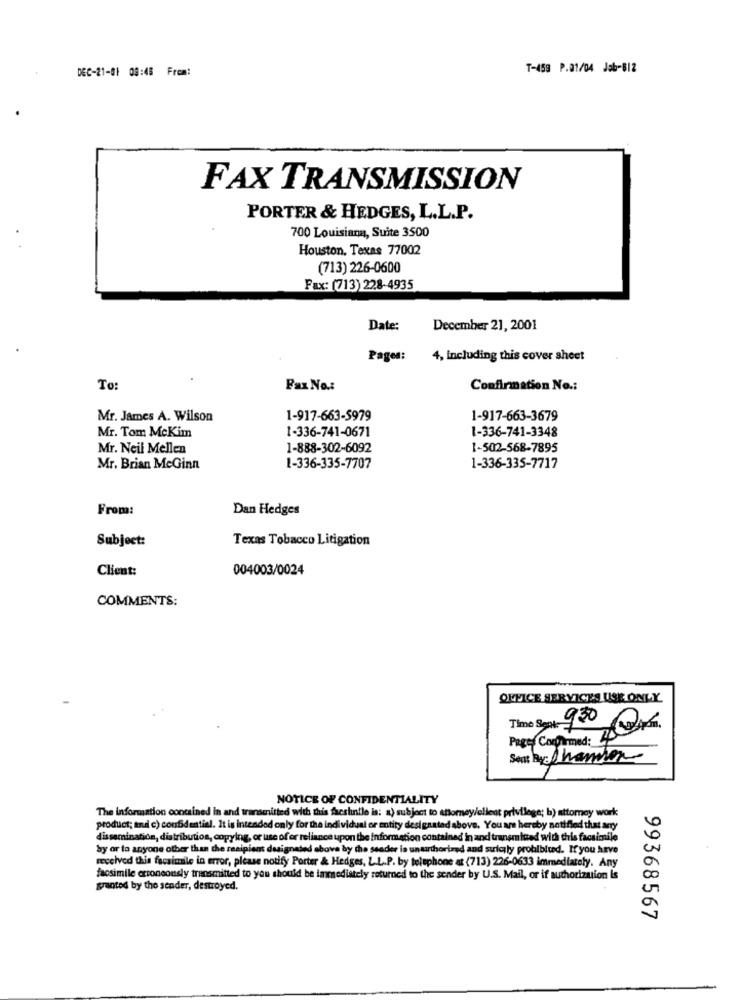
DEC-21-81 08:45 From:
T-459 P.01/04 Jab-812
FAX TRANSMISSION
PORTER & HEDGES, L.L.P.
700 Louisiana, Suite 3500
Houston, Texas 77002
(713) 226-0600
Fax: (713) 228-4935
Date:
December 21, 2001
Pages:
4, including this cover sheet
To
Fax No .:
Confirmation No .:
Mr. James A. Wilson
1-917-663-5979
1-917-663-3679
Mr. Tom McKim
1-336-741-0671
1-336-741-3348
Mr. Neil Mellen
1-888-302-6092
1-502-568-7895
Mr. Brian McGinn
1-336-335-7707
1-336-335-7717
From:
Dan Hedges
Subject:
Texas Tobacco Litigation
Client:
004003/0024
COMMENTS:
OFFICE SERVICES USE ONLY
Time Spent 900
Pages Confirmed: 400
Sent By: Shamien
NOTICE OF CONFIDENTIALITY
The information contained in and transmitted with this freshnilo is: a) subject to attorney/client privilege; b) attomey work
product; and c) confidential. It is intended only for the individual or entity designated above. You are hereby notified that any
dissemination, distribution, copying, or use of er reliance upon the information contained in and transmitted with this facsimile
by or to anyone other than the recipient designated above by the sender is unauthorized and sulc;ly prohibited. If you have
received this facsimile in error, please notify Porter & Hedges, L.L.P. by telephone at (713) 226-0633 immediately. Any
facsimile erroneously transmitted to you should be immediately returned to the sender by U.S. Mail, or if authorization Is
granted by the sender, destroyed.
99368567